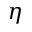
\boldsymbol { \eta }